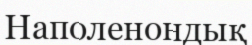
Наполенондық